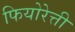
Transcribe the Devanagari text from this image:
फियोरेत्ती